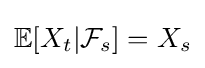
\mathbb {E} [X_{t}|{\mathcal {F}}_{s}]=X_{s}